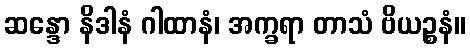
ဆန္ဒော နိဒါနံ ဂါထာနံ၊ အက္ခရာ တာသံ ဗိယဉ္စနံ။